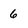
Character: 6